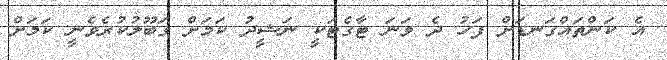
އެ ކަންތައްގަނޑަށް ފަހު ދެ ވަނަ ޓާގެޓަކީ ނަޝީދު ކަމަށް ގަބޫލުކުރެވެނީ ކަމަށް